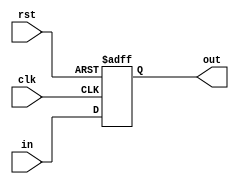
module oc8051_reg2 (clk, rst, in, out);
input [1:0] in; input clk, rst;
output [1:0] out;
reg [1:0] out;

always @(posedge clk or posedge rst)
  if (rst) out <= 2'b00;
  else
    out <= #1 in;

endmodule